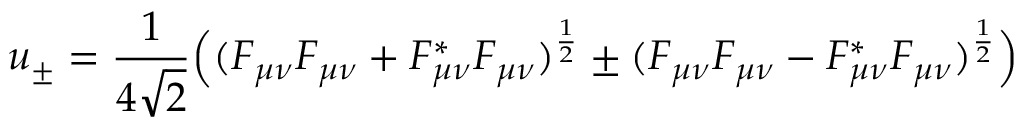
u _ { \pm } = \frac { 1 } { 4 \sqrt { 2 } } \Big ( ( F _ { \mu \nu } F _ { \mu \nu } + F _ { \mu \nu } ^ { * } F _ { \mu \nu } ) ^ { \frac { 1 } { 2 } } \pm ( F _ { \mu \nu } F _ { \mu \nu } - F _ { \mu \nu } ^ { * } F _ { \mu \nu } ) ^ { \frac { 1 } { 2 } } \Big )